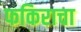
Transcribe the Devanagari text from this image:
फकिराचा